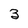
Character: 3